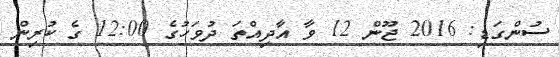
ސުންގަޑި: 2016 ޖޫން 12 ވާ އާދިއްތަ ދުވަހުގެ 12:00 ގެ ކުރިން